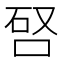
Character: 唘